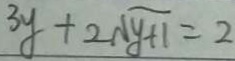
3 y + 2 \sqrt { y + 1 } = 2